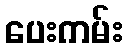
ပေးကမ်း